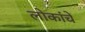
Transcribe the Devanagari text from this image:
लोकांचें